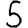
Digit: 5